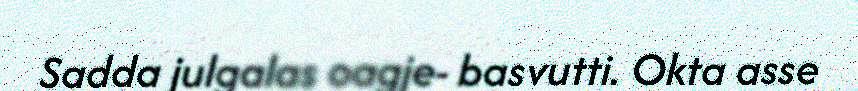
Sadda julgalas oagje- basvutti. Okta asse